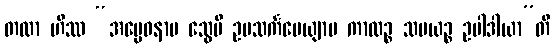
တထာ ဟိဿ “အပ္ပေဝနာမ သွေပိ ဥပသင်္ကမေယျာမ ကာလဉ္စ သမယဉ္စ ဥပါဒါယာ”တိ